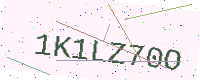
Text: 1K1LZ70O